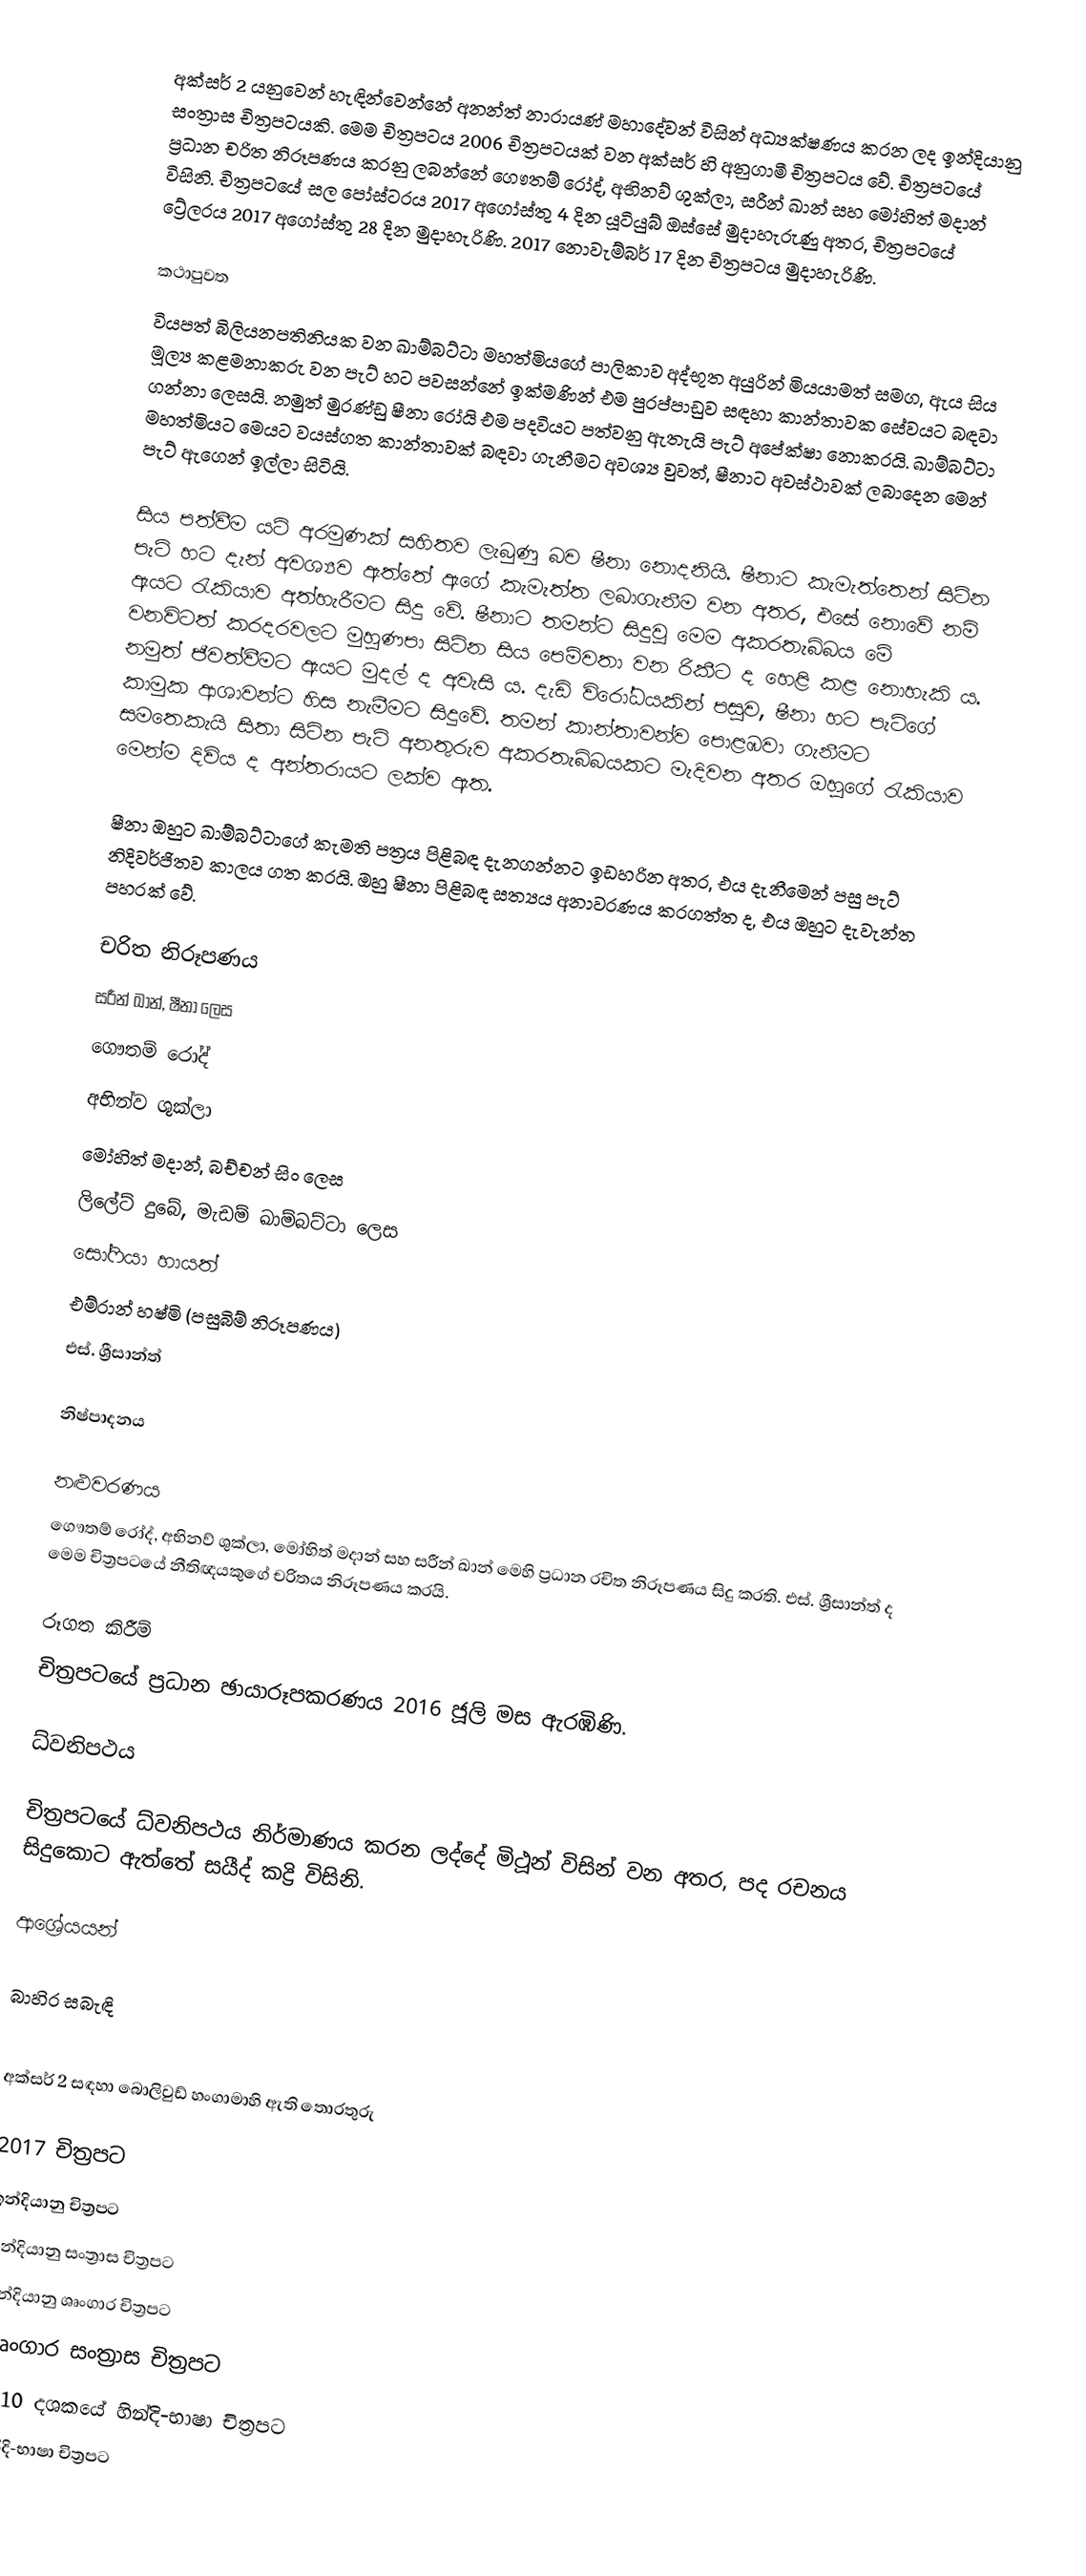
අක්සර් 2 යනුවෙන් හැඳින්වෙන්නේ අනන්ත් නාරායණ් මහාදේවන් විසින් අධ්‍යක්ෂණය කරන ලද ඉන්දියානු සංත්‍රාස චිත්‍රපටයකි. මෙම චිත්‍රපටය 2006 චිත්‍රපටයක් වන අක්සර් හි අනුගාමී චිත්‍රපටය වේ. චිත්‍රපටයේ ප්‍රධාන චරිත නිරූපණය කරනු ලබන්නේ ගෞතම් රෝද්, අභිනව් ශුක්ලා, සරීන් ඛාන් සහ මෝහිත් මදාන් විසිනි. චිත්‍රපටයේ සල පෝස්ටරය 2017 අගෝස්තු 4 දින යූටියුබ් ඔස්සේ මුදාහැරුණු අතර, චිත්‍රපටයේ ට්‍රේලරය 2017 අගෝස්තු 28 දින මුදාහැරිණි. 2017 නොවැම්බර් 17 දින චිත්‍රපටය මුදාහැරිණි.

කථාපුවත
වියපත් බිලියනපතිනියක වන ඛාම්බට්ටා මහත්මියගේ පාලිකාව අද්භූත අයුරින් මියයාමත් සමග, ඇය සිය මූල්‍ය කළමනාකරු වන පැට් හට පවසන්නේ ඉක්මණින් එම පුරප්පාඩුව සඳහා කාන්තාවක සේවයට බඳවා ගන්නා ලෙසයි. නමුත් මුරණ්ඩු ෂීනා රෝයි එම පදවියට පත්වනු ඇතැයි පැට් අපේක්ෂා නොකරයි. ඛාම්බට්ටා මහත්මියට මෙයට වයස්ගත කාන්තාවක් බඳවා ගැනීමට අවශ්‍ය වුවත්, ෂීනාට අවස්ථාවක් ලබාදෙන මෙන් පැට් ඇගෙන් ඉල්ලා සිටියි.

සිය පත්වීම යටි අරමුණක් සහිතව ලැබුණු බව ෂීනා නොදනියි. ෂීනාට කැමැත්තෙන් සිටින පැට් හට දැන් අවශ්‍යව ඇත්තේ ඇගේ කැමැත්ත ලබාගැනීම වන අතර, එසේ නොවේ නම් ඇයට රැකියාව අත්හැරීමට සිදු වේ. ෂීනාට ‍තමන්ට සිදුවූ මෙම අකරතැබ්බය මේ වනවිටත් කරදරවලට මුහුණපා සිටින සිය පෙම්වතා වන රිකීට ද හෙළි කළ නොහැකි ය. නමුත් ජීවත්වීමට ඇයට මුදල් ද අවැසි ය. දැඩි විරෝධයකින් පසුව, ෂීනා හට පැට්ගේ කාමුක ආශාවන්ට හිස නැමීමට සිදුවේ. තමන් කාන්තාවන්ව පොළඹවා ගැනීමට සමතෙකැයි සිතා සිටින පැට් අනතුරුව අකරතැබ්බයකට මැදිවන අතර ඔහුගේ රැකියාව මෙන්ම දිවිය ද අන්තරායට ලක්ව ඇත.

ෂීනා ඔහුට ඛාම්බට්ටාගේ කැමති පත්‍රය පිළිබඳ දැනගන්නට ඉඩහරින අතර, එය දැනීමෙන් පසු පැට් නිදිවර්ජිතව කාලය ගත කරයි. ඔහු ෂීනා පිළිබඳ සත්‍යය අනාවරණය කරගත්ත ද, එය ඔහුට දැවැන්ත පහරක් වේ.

චරිත නිරූපණය
සරීන් ඛාන්, ෂීනා ලෙස
ගෞතම් රෝද්
අභින්ව ශුක්ලා
මෝහිත් මදාන්, බච්චන් සිං ලෙස
ලිලේට් දුබේ, මැඩම් ඛාම්බට්ටා ලෙස
සෝෆියා හායත්
එම්රාන් හෂ්මි (පසුබිම් නිරූපණය)
එස්. ශ්‍රීසාන්ත්

නිෂ්පාදනය

නළුවරණය
ගෞතම් රෝද්, අභිනව් ශුක්ලා, මෝහිත් මදාන් සහ සරීන් ඛාන් මෙහි ප්‍රධාන රචිත නිරූපණය සිදු කරති. එස්. ශ්‍රීසාන්ත් ද මෙම චිත්‍රපටයේ නීතිඥයකුගේ චරිතය නිරූපණය කරයි.

රූගත කිරීම්
චිත්‍රපටයේ ප්‍රධාන ඡායාරූපකරණය 2016 ජූලි මස ඇරඹිණි.

ධ්වනිපථය

චිත්‍රපටයේ ධ්වනිපථය නිර්මාණය කරන ලද්දේ මිථූන් විසින් වන අතර, පද රචනය සිදුකොට ඇත්තේ සයීද් කද්‍රි විසිනි.

ආශ්‍රේයයන්

බාහිර සබැඳි

 අක්සර් 2 සඳහා බොලිවුඩ් හංගාමාහි ඇති තොරතුරු

2017 චිත්‍රපට
ඉන්දියානු චිත්‍රපට
ඉන්දියානු සංත්‍රාස චිත්‍රපට
ඉන්දියානු ශෘංගාර චිත්‍රපට
ශෘංගාර සංත්‍රාස චිත්‍රපට
2010 දශකයේ හින්දි-භාෂා චිත්‍රපට
හින්දි-භාෂා චිත්‍රපට